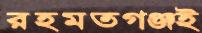
রহমতগঞ্জই